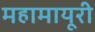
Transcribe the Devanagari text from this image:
महामायूरी